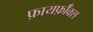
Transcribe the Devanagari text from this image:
फ़ायर्फ़ॉक्स